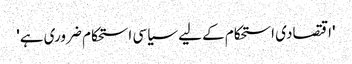
'اقتصادی استحکام کے لیے سیاسی استحکام ضروری ہے'